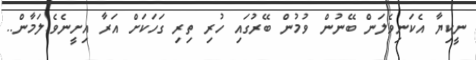
ނީކިޔާ އެކަނިވެލަން ބޭނުން ވުމުން ބޭރުގައި ހުރި ތިރި ގަހަކަށް އަރާ އިށީނެވެ.ލަމާން..